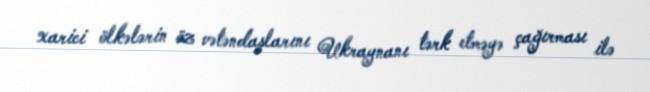
xarici ölkələrin öz vətəndaşlarını Ukraynanı tərk etməyə çağırması ilə